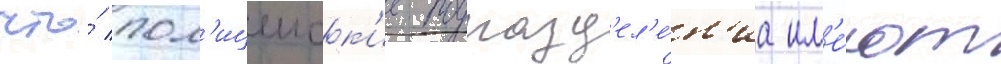
что́ пол'ицеиск'ие подразд'ел'е́н'иа им'е́ют